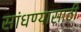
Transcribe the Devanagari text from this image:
सांधण्यासाठी